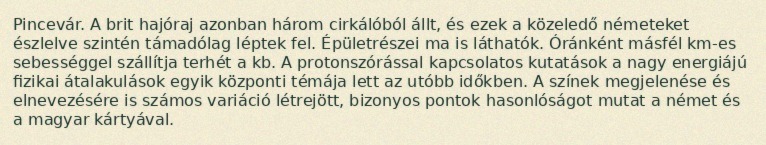
Pincevár. A brit hajóraj azonban három cirkálóból állt, és ezek a közeledő németeket észlelve szintén támadólag léptek fel. Épületrészei ma is láthatók. Óránként másfél km-es sebességgel szállítja terhét a kb. A protonszórással kapcsolatos kutatások a nagy energiájú fizikai átalakulások egyik központi témája lett az utóbb időkben. A színek megjelenése és elnevezésére is számos variáció létrejött, bizonyos pontok hasonlóságot mutat a német és a magyar kártyával.